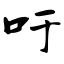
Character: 吁